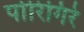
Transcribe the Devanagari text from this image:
पोरिगिरे